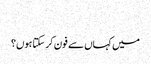
‬
‫میں کہاں سے فون کر سکتا ہوں؟